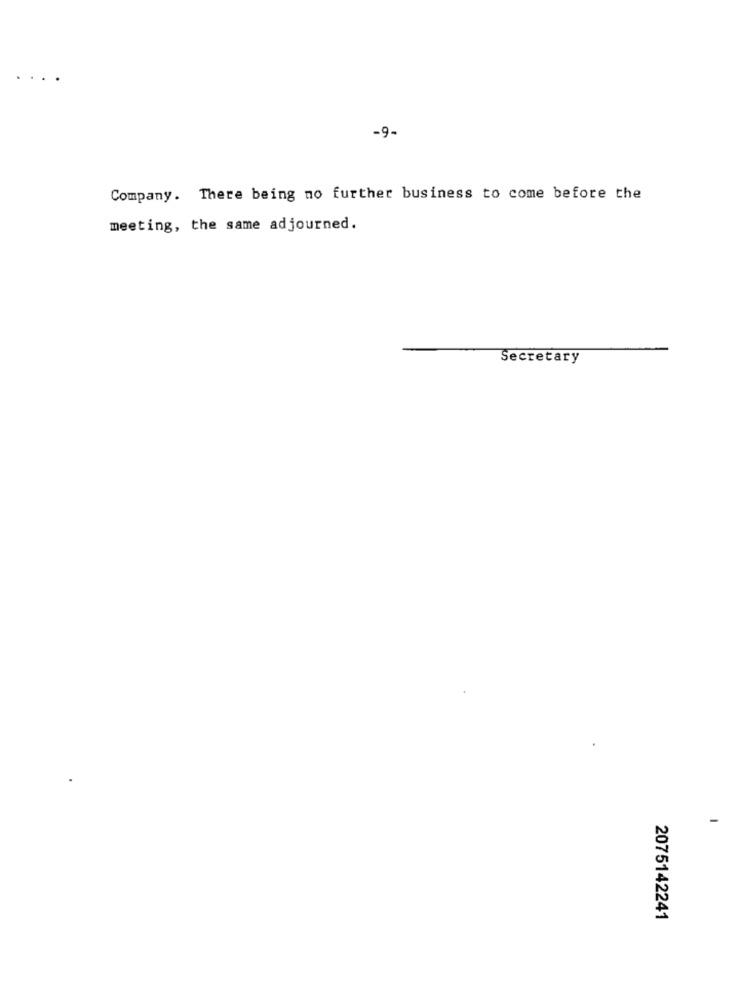
-9-
Company. There being no further business to come before the
meeting, the same adjourned.
Secretary
2075142241